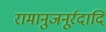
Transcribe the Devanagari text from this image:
रामानुजनूर्रदादि